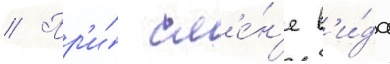
// Пр'и́ см'е́н'е в'и́да